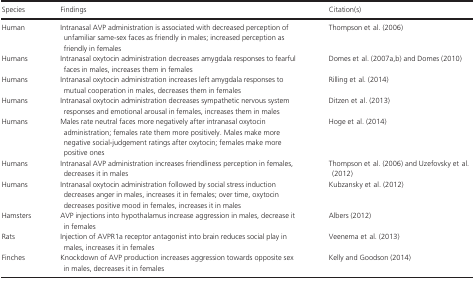
<table><thead><tr><td><b>Species</b></td><td><b>Findings</b></td><td><b>Citation(s)</b></td></tr></thead><tbody><tr><td>Human</td><td>Intranasal AVP administration is associated with decreased perception of unfamiliar same-sex faces as friendly in males; increased perception as friendly in females</td><td>Thompson et al. (2006)</td></tr><tr><td>Humans</td><td>Intranasal oxytocin administration decreases amygdala responses to fearful faces in males, increases them in females</td><td>Domes et al. (2007a,b) and Domes (2010)</td></tr><tr><td>Humans</td><td>Intranasal oxytocin administration increases left amygdala responses to mutual cooperation in males, decreases them in females</td><td>Rilling et al. (2014)</td></tr><tr><td>Humans</td><td>Intranasal oxytocin administration decreases sympathetic nervous system responses and emotional arousal in females, increases them in males</td><td>Ditzen et al. (2013)</td></tr><tr><td>Humans</td><td>Males rate neutral faces more negatively after intranasal oxytocin administration; females rate them more positively. Males make more negative social-judgement ratings after oxytocin; females make more positive ones</td><td>Hoge et al. (2014)</td></tr><tr><td>Humans</td><td>Intranasal AVP administration increases friendliness perception in females, decreases it in males</td><td>Thompson et al. (2006) and Uzefovsky et al. (2012)</td></tr><tr><td>Humans</td><td>Intranasal oxytocin administration followed by social stress induction decreases anger in males, increases it in females; over time, oxytocin decreases positive mood in females, increases it in males</td><td>Kubzansky et al. (2012)</td></tr><tr><td>Hamsters</td><td>AVP injections into hypothalamus increase aggression in males, decrease it in females</td><td>Albers (2012)</td></tr><tr><td>Rats</td><td>Injection of AVPR1a receptor antagonist into brain reduces social play in males, increases it in females</td><td>Veenema et al. (2013)</td></tr><tr><td>Finches</td><td>Knockdown of AVP production increases aggression towards opposite sex in males, decreases it in females</td><td>Kelly and Goodson (2014)</td></tr></tbody></table>